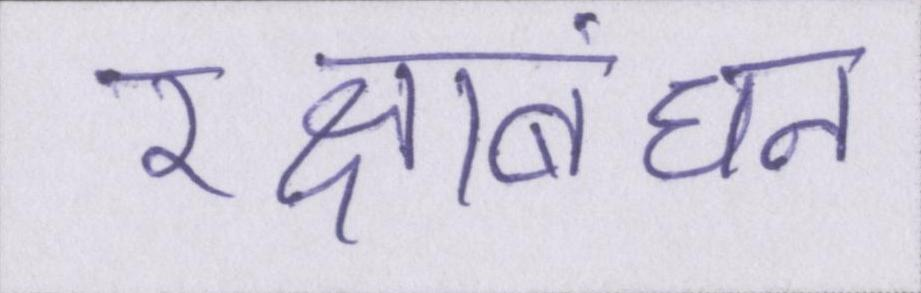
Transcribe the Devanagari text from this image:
रक्षाबंधन